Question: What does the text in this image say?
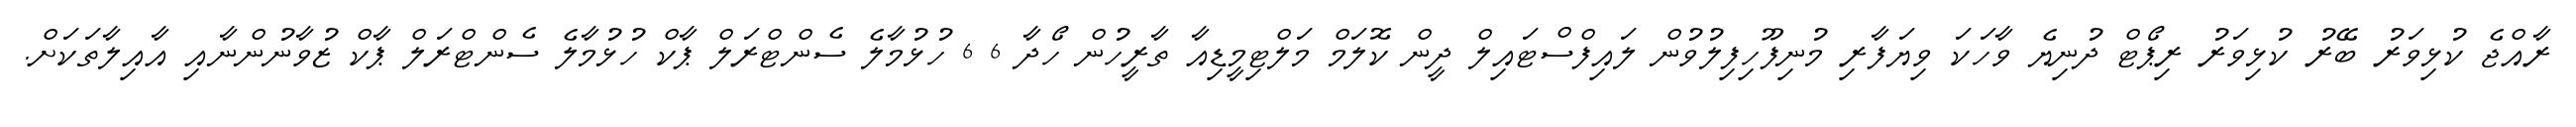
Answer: ރާއްޖެ ކުޅިވަރު ބޭރު ކުޅިވަރު ރިޕޯޓް ދުނިޔެ ވާހަކަ ވިޔަފާރި މުނިފޫހިފިލުވުން ލައިފްސްޓައިލް ދީން ކޮލަމް މަލްޓިމީޑިއާ ތާރީހުން ހޯދާ 6 6 ހުޅުމާލެ ސެންޓްރަލް ޕާކް ހުޅުމާލެ ސެންޓްރަލް ޕާކް ޒުވާނުންނާއި އާއިލާތަކަށް.